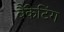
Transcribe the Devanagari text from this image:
बैंकेटिंग